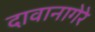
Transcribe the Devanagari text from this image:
दावानागेरे